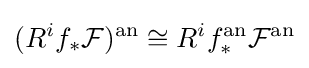
(R^{i}f_{*}{\mathcal {F}})^{\mathrm {an} }\cong R^{i}f_{*}^{\mathrm {an} }{\mathcal {F}}^{\mathrm {an} }